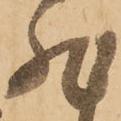
然